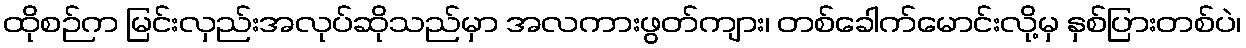
ထိုစဉ်က မြင်းလှည်းအလုပ်ဆိုသည်မှာ အလကားဖွတ်ကျား၊ တစ်ခေါက်မောင်းလို့မှ နှစ်ပြားတစ်ပဲ၊